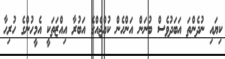
ކިޔައި ނުދެންތަ އަބަދުވެސް ބުނަން އަންހެން ކުއްޖެއްގެ އަބުރާ އިއްޒަތަކީ އެމީހުންގެ ހުރިހާ